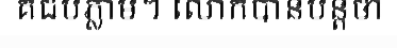
គជបភ្លាម។ លោកបានបន្តថា